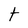
Character: t